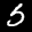
Label: 5